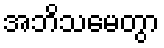
အဘိသမေတွာ